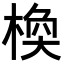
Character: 𪲰